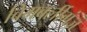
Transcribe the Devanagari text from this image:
विमबर्लीगंज